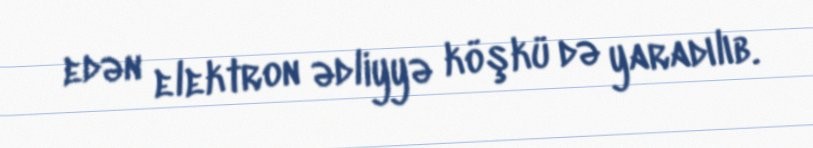
edən elektron ədliyyə köşkü də yaradılıb.